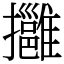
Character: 𢹬